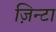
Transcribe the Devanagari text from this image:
ज़िन्टा